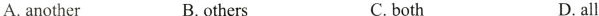
A.another B.others C.both D.all